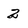
Character: 2